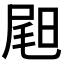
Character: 𡲉